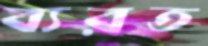
ব্যরত